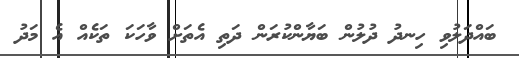
ބައްދަލުވި ހިނދު ދުލުން ބަޔާންކުރަން ދަތި އެތަށް ވާހަކަ ތަކެއް އެ މަދު